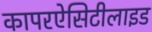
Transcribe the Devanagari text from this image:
कापरऐसिटीलाइड